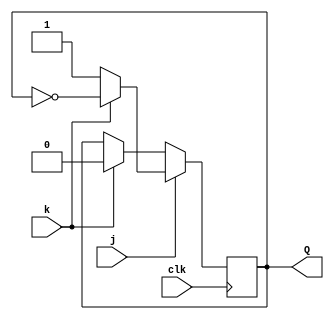
module top_module (
    input clk,
    input j,
    input k,
    output reg Q
);

always @(posedge clk)
    Q <= j ? (k ? ~Q : 1) : (k ? 0 : Q);

endmodule